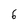
Character: 6